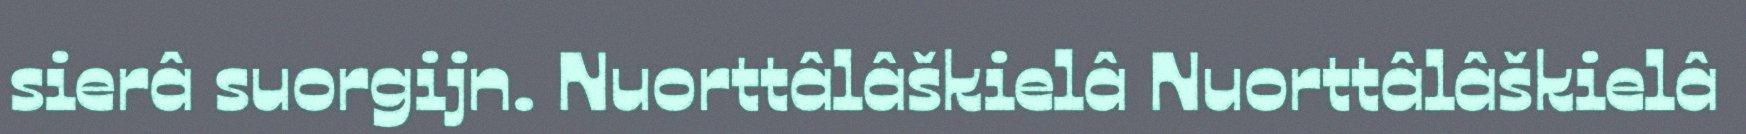
sierâ suorgijn. Nuorttâlâškielâ Nuorttâlâškielâ